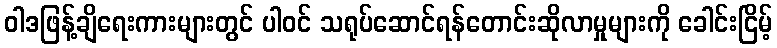
ဝါဒဖြန့်ချိရေးကားများတွင် ပါဝင် သရုပ်ဆောင်ရန်တောင်းဆိုလာမှုများကို ခေါင်းငြိမ့်